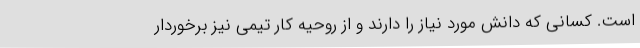
است. کسانی که دانش مورد نیاز را دارند و از روحیه کار تیمی نیز برخوردار